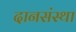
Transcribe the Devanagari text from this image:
दानसंस्था